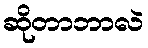
ဆိုတာဘာလဲ